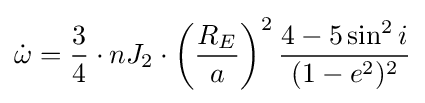
{\dot {\omega }}={\frac {3}{4}}\cdot nJ_{2}\cdot \left({\frac {R_{E}}{a}}\right)^{2}{\frac {4-5\sin ^{2}{i}}{(1-e^{2})^{2}}}